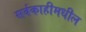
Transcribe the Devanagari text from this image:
सर्वकाहीमधील